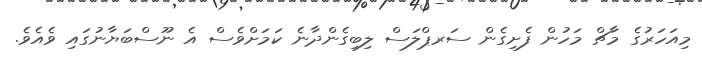
މިއަހަރުގެ މާޗް މަހުން ފެށިގެން ސަރޕްލަސް ލިބިގެންދާނެ ކަމަށްވެސް އެ ނޫސްބަޔާނުގައި ވެއެވެ.